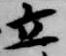
立